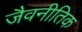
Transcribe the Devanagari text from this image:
जैवनीतिक